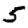
Digit: 5